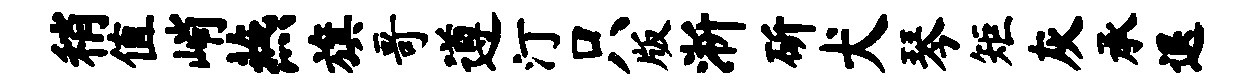
稍值峭燕旗哥遵汀只版淅斫犬琴矩灰承退